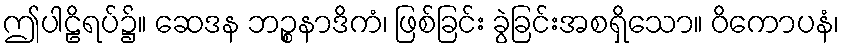
ဤပါဠိရပ်၌။ ဆေဒန ဘဉ္စနာဒိကံ၊ ဖြစ်ခြင်း ခွဲခြင်းအစရှိသော။ ဝိကောပနံ၊